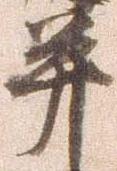
并